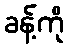
ခန့်ကို